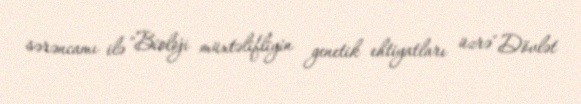
sərəncamı ilə "Bioloji müxtəlifliyin genetik ehtiyatları üzrə" Dövlət